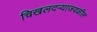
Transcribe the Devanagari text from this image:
चिखलदऱ्याजवळील